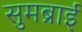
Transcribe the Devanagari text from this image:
सुमब्राई